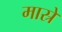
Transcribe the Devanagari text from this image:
मास्रे